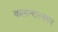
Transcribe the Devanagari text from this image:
कलन्दरनगर